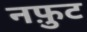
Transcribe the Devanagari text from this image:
नफ़ुट